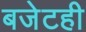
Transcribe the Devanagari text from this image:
बजेटही